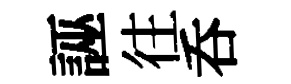
誣往呑